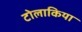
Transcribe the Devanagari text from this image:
टोलाकिया